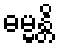
ဓမ္မန္တိ